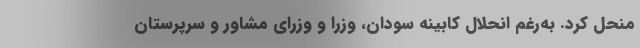
منحل کرد. به‌رغم انحلال کابینه سودان، وزرا و وزرای مشاور و سرپرستان